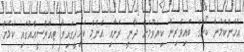
އެހެންކަމުން ކޯހުގެ ބައިވެރިން ކިޔެވުމަށް ދާނީ ރަށާއި އެންމެ ކައިރީގައިވާ ޓީއާރްސީއެއްގައި ކަމަށް